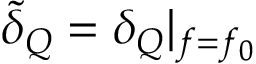
\tilde { \delta } _ { Q } = \delta _ { Q } | _ { f = f _ { 0 } }